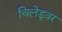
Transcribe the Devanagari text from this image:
चिलेडूवर